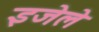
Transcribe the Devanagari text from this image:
इजेले